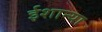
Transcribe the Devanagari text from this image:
ईशान्या